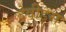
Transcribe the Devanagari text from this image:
देवीड्स